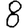
Digit: 8